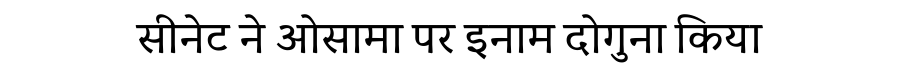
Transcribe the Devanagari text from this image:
सीनेट ने ओसामा पर इनाम दोगुना किया